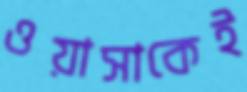
ওয়াসাকেই